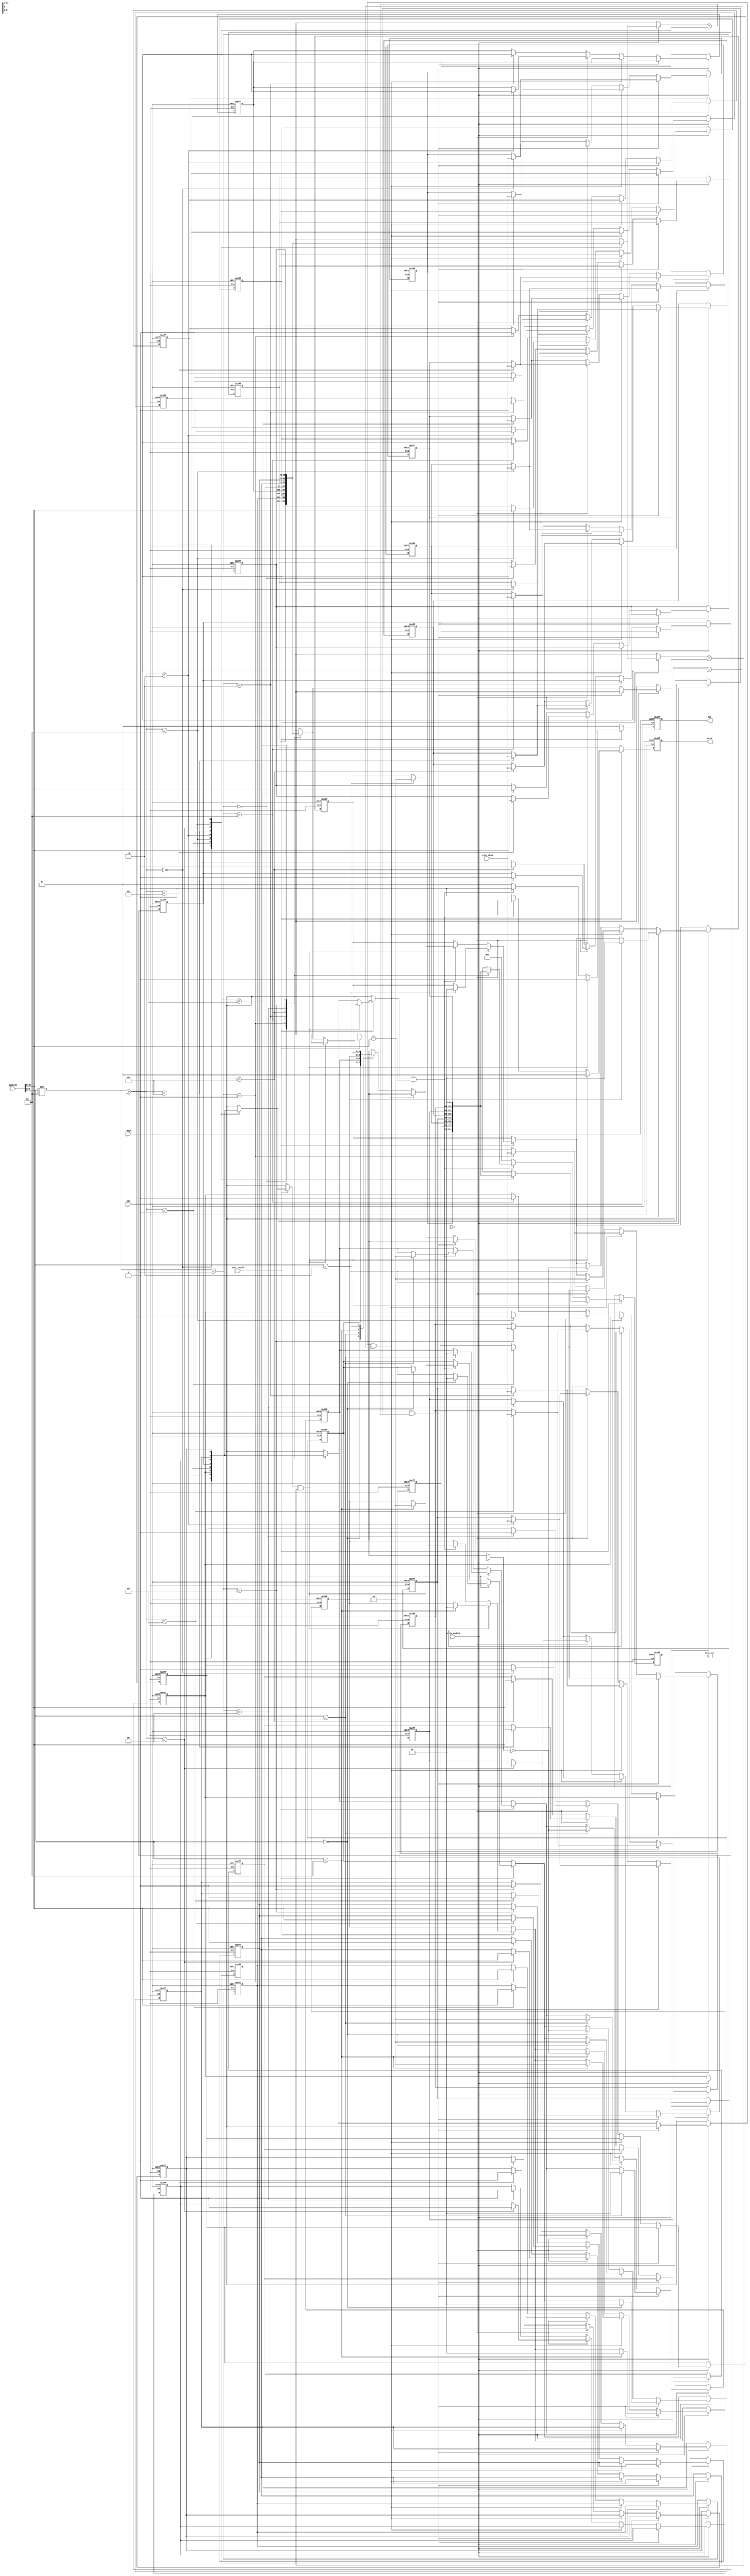
module victim_cache #(
    parameter ADDR_WIDTH = 32,      // Address width
    parameter DATA_WIDTH = 64,      // Data width
    parameter TAG_WIDTH = ADDR_WIDTH - 5, // Assuming 32-byte blocks and 4 sets
    parameter NUM_SETS = 4,          // Number of sets (2-way set associative)
    parameter CACHE_SIZE = 8         // Total number of entries (2-way, 4 sets)
)(
    input wire clk,
    input wire reset,
    input wire [ADDR_WIDTH-1:0] address,
    input wire [DATA_WIDTH-1:0] write_data,
    input wire read_enable,
    input wire write_enable,
    output reg [DATA_WIDTH-1:0] data_out,
    output reg hit,
    output reg miss
);

    // Cache entry structure
    reg valid [0:NUM_SETS-1][0:1]; // Valid bits for each way in each set
    reg [TAG_WIDTH-1:0] tag [0:NUM_SETS-1][0:1]; // Tags for each way in each set
    reg [DATA_WIDTH-1:0] data [0:NUM_SETS-1][0:1]; // Data for each way in each set
    reg [1:0] lru [0:NUM_SETS-1]; // LRU bits for each set

    // Address parsing
    wire [TAG_WIDTH-1:0] tag_in = address[ADDR_WIDTH-1:5]; // Extract tag
    wire [1:0] set_index = address[4:3]; // Extract set index

    integer i;

    // Initialization and reset
    always @(posedge clk or posedge reset) begin
        if (reset) begin
            for (i = 0; i < NUM_SETS; i = i + 1) begin
                valid[i][0] <= 0;
                valid[i][1] <= 0;
                tag[i][0] <= 0;
                tag[i][1] <= 0;
                data[i][0] <= 0;
                data[i][1] <= 0;
                lru[i] <= 0; // Initialize LRU bits
            end
            hit <= 0;
            miss <= 0;
            data_out <= 0;
        end else begin
            hit <= 0;
            miss <= 0;

            // Read operation
            if (read_enable) begin
                if (valid[set_index][0] && (tag[set_index][0] == tag_in)) begin
                    hit <= 1;
                    miss <= 0;
                    data_out <= data[set_index][0];
                    lru[set_index] <= 1; // Update LRU
                end else if (valid[set_index][1] && (tag[set_index][1] == tag_in)) begin
                    hit <= 1;
                    miss <= 0;
                    data_out <= data[set_index][1];
                    lru[set_index] <= 0; // Update LRU
                end else begin
                    miss <= 1;
                    data_out <= 0; // Miss, output 0 or some error code
                end
            end

            // Write operation
            if (write_enable) begin
                if (valid[set_index][0] && (tag[set_index][0] == tag_in)) begin
                    data[set_index][0] <= write_data; // Write to way 0
                    lru[set_index] <= 1; // Update LRU
                end else if (valid[set_index][1] && (tag[set_index][1] == tag_in)) begin
                    data[set_index][1] <= write_data; // Write to way 1
                    lru[set_index] <= 0; // Update LRU
                end else begin
                    // Miss, need to evict
                    if (lru[set_index] == 0) begin
                        // Evict way 0
                        tag[set_index][0] <= tag_in;
                        data[set_index][0] <= write_data;
                        valid[set_index][0] <= 1;
                    end else begin
                        // Evict way 1
                        tag[set_index][1] <= tag_in;
                        data[set_index][1] <= write_data;
                        valid[set_index][1] <= 1;
                    end
                    lru[set_index] <= ~lru[set_index]; // Update LRU
                end
            end
        end
    end
endmodule